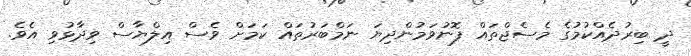
ދީ ބިރުދެއްކުމުގެ މެސެޖްތައް ފޮނުވަމުންދިޔަ ނަމްބަރުތައް ކަމަށް ވެސް އިލްޔާސް ވިދާޅުވި އެވެ.